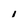
Character: 1